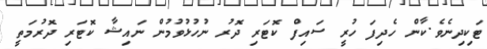
ޓަކިދިނެވެ.ކާން ހެދިފަ ހުރީ ސައިފް ކޮޓަރި ދޮރު ނުހުޅުވުމުން ނައިޝާ ކޮޓަރި ދޮރުމަތީ